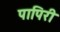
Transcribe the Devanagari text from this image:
पापिरी